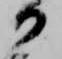
御